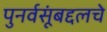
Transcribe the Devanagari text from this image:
पुनर्वसूंबद्दलचे